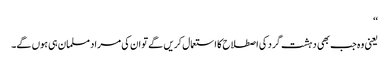
‘‘
یعنی وہ جب بھی دہشت گرد کی اصطلاح کا استعمال کریں گے تو ان کی مراد مسلمان ہی ہوں گے۔